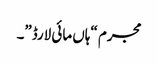
مجرم “ہاں مائی لارڈ”۔